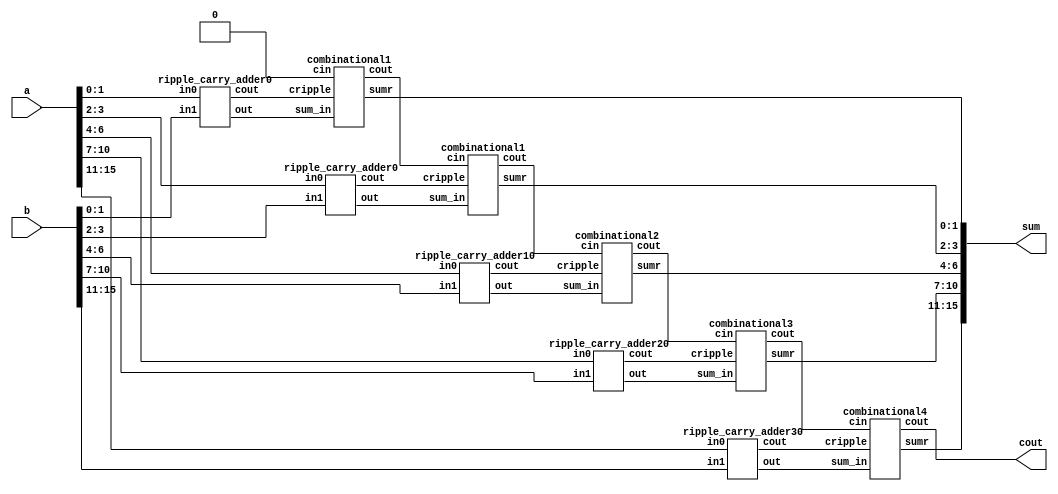
module withoutmux(a,b,sum,cout);
    input [15:0]a;
    input [15:0]b;
    output [15:0]sum;
    output cout;
    wire [4:0]carry;
    wire [15:0]sum_inter;
    wire [3:0]carry_comb;
    ripple_carry_adder0 s0(a[1:0],b[1:0],sum_inter[1:0],carry[0]);
    combinational1 s1(1'b0,sum_inter[1:0],carry[0],sum[1:0],carry_comb[0]);
    ripple_carry_adder0 s2(a[3:2],b[3:2],sum_inter[3:2],carry[1]);
    combinational1 s3(carry_comb[0],sum_inter[3:2],carry[1],sum[3:2],carry_comb[1]);
    ripple_carry_adder10 s4(a[6:4],b[6:4],sum_inter[6:4],carry[2]);
    combinational2 s5(carry_comb[1],sum_inter[6:4],carry[2],sum[6:4],carry_comb[2]);
    ripple_carry_adder20 s6(a[10:7],b[10:7],sum_inter[10:7],carry[3]);
    combinational3 s7(carry_comb[2],sum_inter[10:7],carry[3],sum[10:7],carry_comb[3]);
    ripple_carry_adder30 s8(a[15:11],b[15:11],sum_inter[15:11],carry[4]);
    combinational4 s9(carry_comb[3],sum_inter[15:11],carry[4],sum[15:11],cout);
endmodule

module combinational4(cin,sum_in,cripple,sumr,cout);
    input cin;
    input cripple;
    input [4:0]sum_in;
    output [4:0]sumr;
    output cout;
    wire [4:0]cp;
    combinational c0(cin,sum_in[0],sumr[0],cp[0]);
    combinational c1(cp[0],sum_in[1],sumr[1],cp[1]);
    combinational c2(cp[1],sum_in[2],sumr[2],cp[2]);
    combinational c3(cp[2],sum_in[3],sumr[3],cp[3]);
    combinational c4(cp[3],sum_in[4],sumr[4],cp[4]);
    assign cout = cp[4]^cripple;
endmodule

module combinational3(cin,sum_in,cripple,sumr,cout);
    input cin;
    input cripple;
    input [3:0]sum_in;
    output [3:0]sumr;
    output cout;
    wire [3:0]cp;
    combinational c0(cin,sum_in[0],sumr[0],cp[0]);
    combinational c1(cp[0],sum_in[1],sumr[1],cp[1]);
    combinational c2(cp[1],sum_in[2],sumr[2],cp[2]);
    combinational c3(cp[2],sum_in[3],sumr[3],cp[3]);
    assign cout = cp[3]^cripple;
endmodule

module ripple_carry_adder30(in0, in1, out, cout);
	input [4:0] in0;
	input [4:0] in1;
	output [4:0] out;
	output cout;

	wire c1,c2,c3,c4;
	full_adder fa0(in0[0], in1[0], 1'b0, out[0], c1);
	full_adder fa1(in0[1], in1[1], c1, out[1], c2);
    full_adder fa2(in0[2], in1[2], c2, out[2], c3);
    full_adder fa3(in0[3], in1[3], c3, out[3], c4);
    full_adder fa4(in0[4], in1[4], c4, out[4], cout);

endmodule

module combinational2(cin,sum_in,cripple,sumr,cout);
    input cin;
    input cripple;
    input [2:0]sum_in;
    output [2:0]sumr;
    output cout;
    wire [2:0]cp;
    combinational c0(cin,sum_in[0],sumr[0],cp[0]);
    combinational c1(cp[0],sum_in[1],sumr[1],cp[1]);
    combinational c2(cp[1],sum_in[2],sumr[2],cp[2]);
    assign cout = cp[2]^cripple;
endmodule

module ripple_carry_adder20(in0, in1, out, cout);
	input [3:0] in0;
	input [3:0] in1;
	output [3:0] out;
	output cout;

	wire c1,c2,c3;
	full_adder fa0(in0[0], in1[0], 1'b0, out[0], c1);
	full_adder fa1(in0[1], in1[1], c1, out[1], c2);
    full_adder fa2(in0[2], in1[2], c2, out[2], c3);
    full_adder fa3(in0[3], in1[3], c3, out[3], cout);

endmodule

module combinational1(cin,sum_in,cripple,sumr,cout);
    input cin;
    input cripple;
    input [1:0]sum_in;
    output [1:0]sumr;
    output cout;
    wire [1:0]cp;
    combinational c0(cin,sum_in[0],sumr[0],cp[0]);
    combinational c1(cp[0],sum_in[1],sumr[1],cp[1]);
    assign cout = cp[1]^cripple;
endmodule

module ripple_carry_adder10(in0, in1, out, cout);
	input [2:0] in0;
	input [2:0] in1;
	output [2:0] out;
	output cout;

	wire c1,c2;
	full_adder fa0(in0[0], in1[0], 1'b0, out[0], c1);
	full_adder fa1(in0[1], in1[1], c1, out[1], c2);
    full_adder fa2(in0[2], in1[2], c2, out[2], cout);

endmodule

module combinational(cin,sum_in,sumr,cind);
    input cin;
    input sum_in;
    output sumr;
    output cind;
    assign sumr = cin^sum_in;
    assign cind = cin&sum_in;
endmodule

module ripple_carry_adder0(in0, in1, out, cout);
	input [1:0] in0;
	input [1:0] in1;
	output [1:0] out;
	output cout;

	wire c1;
	full_adder fa0(in0[0], in1[0], 1'b0, out[0], c1);
	full_adder fa1(in0[1], in1[1], c1, out[1], cout);

endmodule

module full_adder(in0, in1, cin, out, cout);
	input in0, in1, cin;
	output out, cout;

	assign out = in0 ^ in1 ^ cin;
	assign cout = ((in0 ^ in1) & cin) | (in0 & in1);
endmodule